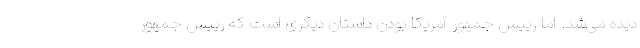
دیده می‌شد. اما رییس جمهور آمریکا بودن داستان دیگری است که رییس جمهور